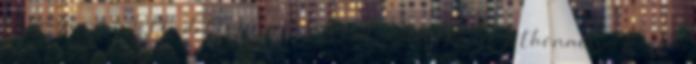
aki azon gondolkodott, hogy túl sokat gondolkodik Athenaeum Kiadó,